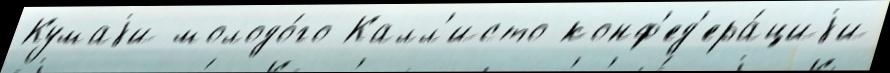
Кумаjи молодо́го Калл'исто конф'ед'ера́циjи